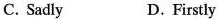
C. Sadly D.Firstly